Indian journal of veterinary science and animal husbandry - Volume 10,
Year: 1940
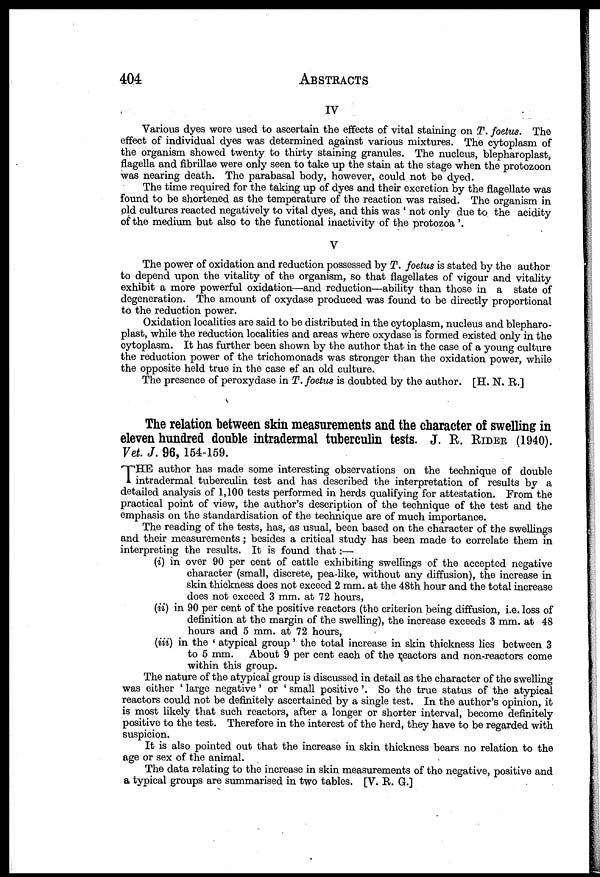
404 ABSTRACTS
IV
Various dyes were used to ascertain the effects of vital staining on T. foetus. The
effect of individual dyes was determined against various mixtures. The cytoplasm of
the organism showed twenty to thirty staining granules. The nucleus, blepharoplast,
flagella and fibrillae were only seen to take up the stain at the stage when the protozoon
was nearing death. The parabasal body, however, could not be dyed.
The time required for the taking up of dyes and their excretion by the flagellate was
found to be shortened as the temperature of the reaction was raised. The organism in
old cultures reacted negatively to vital dyes, and this was ' not only due to the acidity
of the medium but also to the functional inactivity of the protozoa '.
V
The power of oxidation and reduction possessed by T. foetus is stated by the author
to depend upon the vitality of the organism, so that flagellates of vigour and vitality
exhibit a more powerful oxidation—and reduction—ability than those in a state of
degeneration. The amount of oxydase produced was found to be directly proportional
to the reduction power.
Oxidation localities are said to be distributed in the cytoplasm, nucleus and blepharo-
plast, while the reduction localities and areas where oxydase is formed existed only in the
cytoplasm. It has further been shown by the author that in the case of a young culture
the reduction power of the trichomonads was stronger than the oxidation power, while
the opposite held true in the case of an old culture.
The presence of peroxydase in T. foetus is doubted by the author. [H. N. R.]
The relation between skin measurements and the character of swelling in
eleven hundred double intradermal tuberculin tests. J. R. RIDER (1940).
Vet. J. 96, 154-159.
T HE author has made some interesting observations on the technique of double
intradermal tuberculin test and has described the interpretation of results by a
detailed analysis of 1,100 tests performed in herds qualifying for attestation. From the
practical point of view, the author's description of the technique of the test and the
emphasis on the standardisation of the technique are of much importance.
The reading of the tests, has, as usual, been based on the character of the swellings
and their measurements ; besides a critical study has been made to correlate them in
interpreting the results. It is found that:—
(i) in over 90 per cent of cattle exhibiting swellings of the accepted negative
character (small, discrete, pea-like, without any diffusion), the increase in
skin thickness does not exceed 2 mm. at the 48th hour and the total increase
does not exceed 3 mm. at 72 hours,
(ii) in 90 per cent of the positive reactors (the criterion being diffusion, i.e. loss of
definition at the margin of the swelling), the increase exceeds 3 mm. at 48
hours and 5 mm. at 72 hours,
(iii) in the ' atypical group ' the total increase in skin thickness lies between 3
to 5 mm. About 9 per cent each of the reactors and non-reactors come
within this group.
The nature of the atypical group is discussed in detail as the character of the swelling
was either ' large negative ' or ' small positive '. So the true status of the atypical
reactors could not be definitely ascertained by a single test. In the author's opinion, it
is most likely that such reactors, after a longer or shorter interval, become definitely
positive to the test. Therefore in the interest of the herd, they have to be regarded with
suspicion.
It is also pointed out that the increase in skin thickness bears no relation to the
age or sex of the animal.
The data relating to the increase in skin measurements of the negative, positive and
a typical groups are summarised in two tables. [V. R. G.]